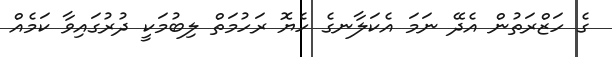
ގެ ހަޒްރަތުން އެދޭ ނަމަ އެކަލާނގެ ހެޔޮ ރަހުމަތް ލިބުމަކީ ދުރުގައިވާ ކަމެއް